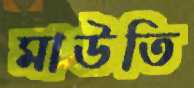
মাউতি